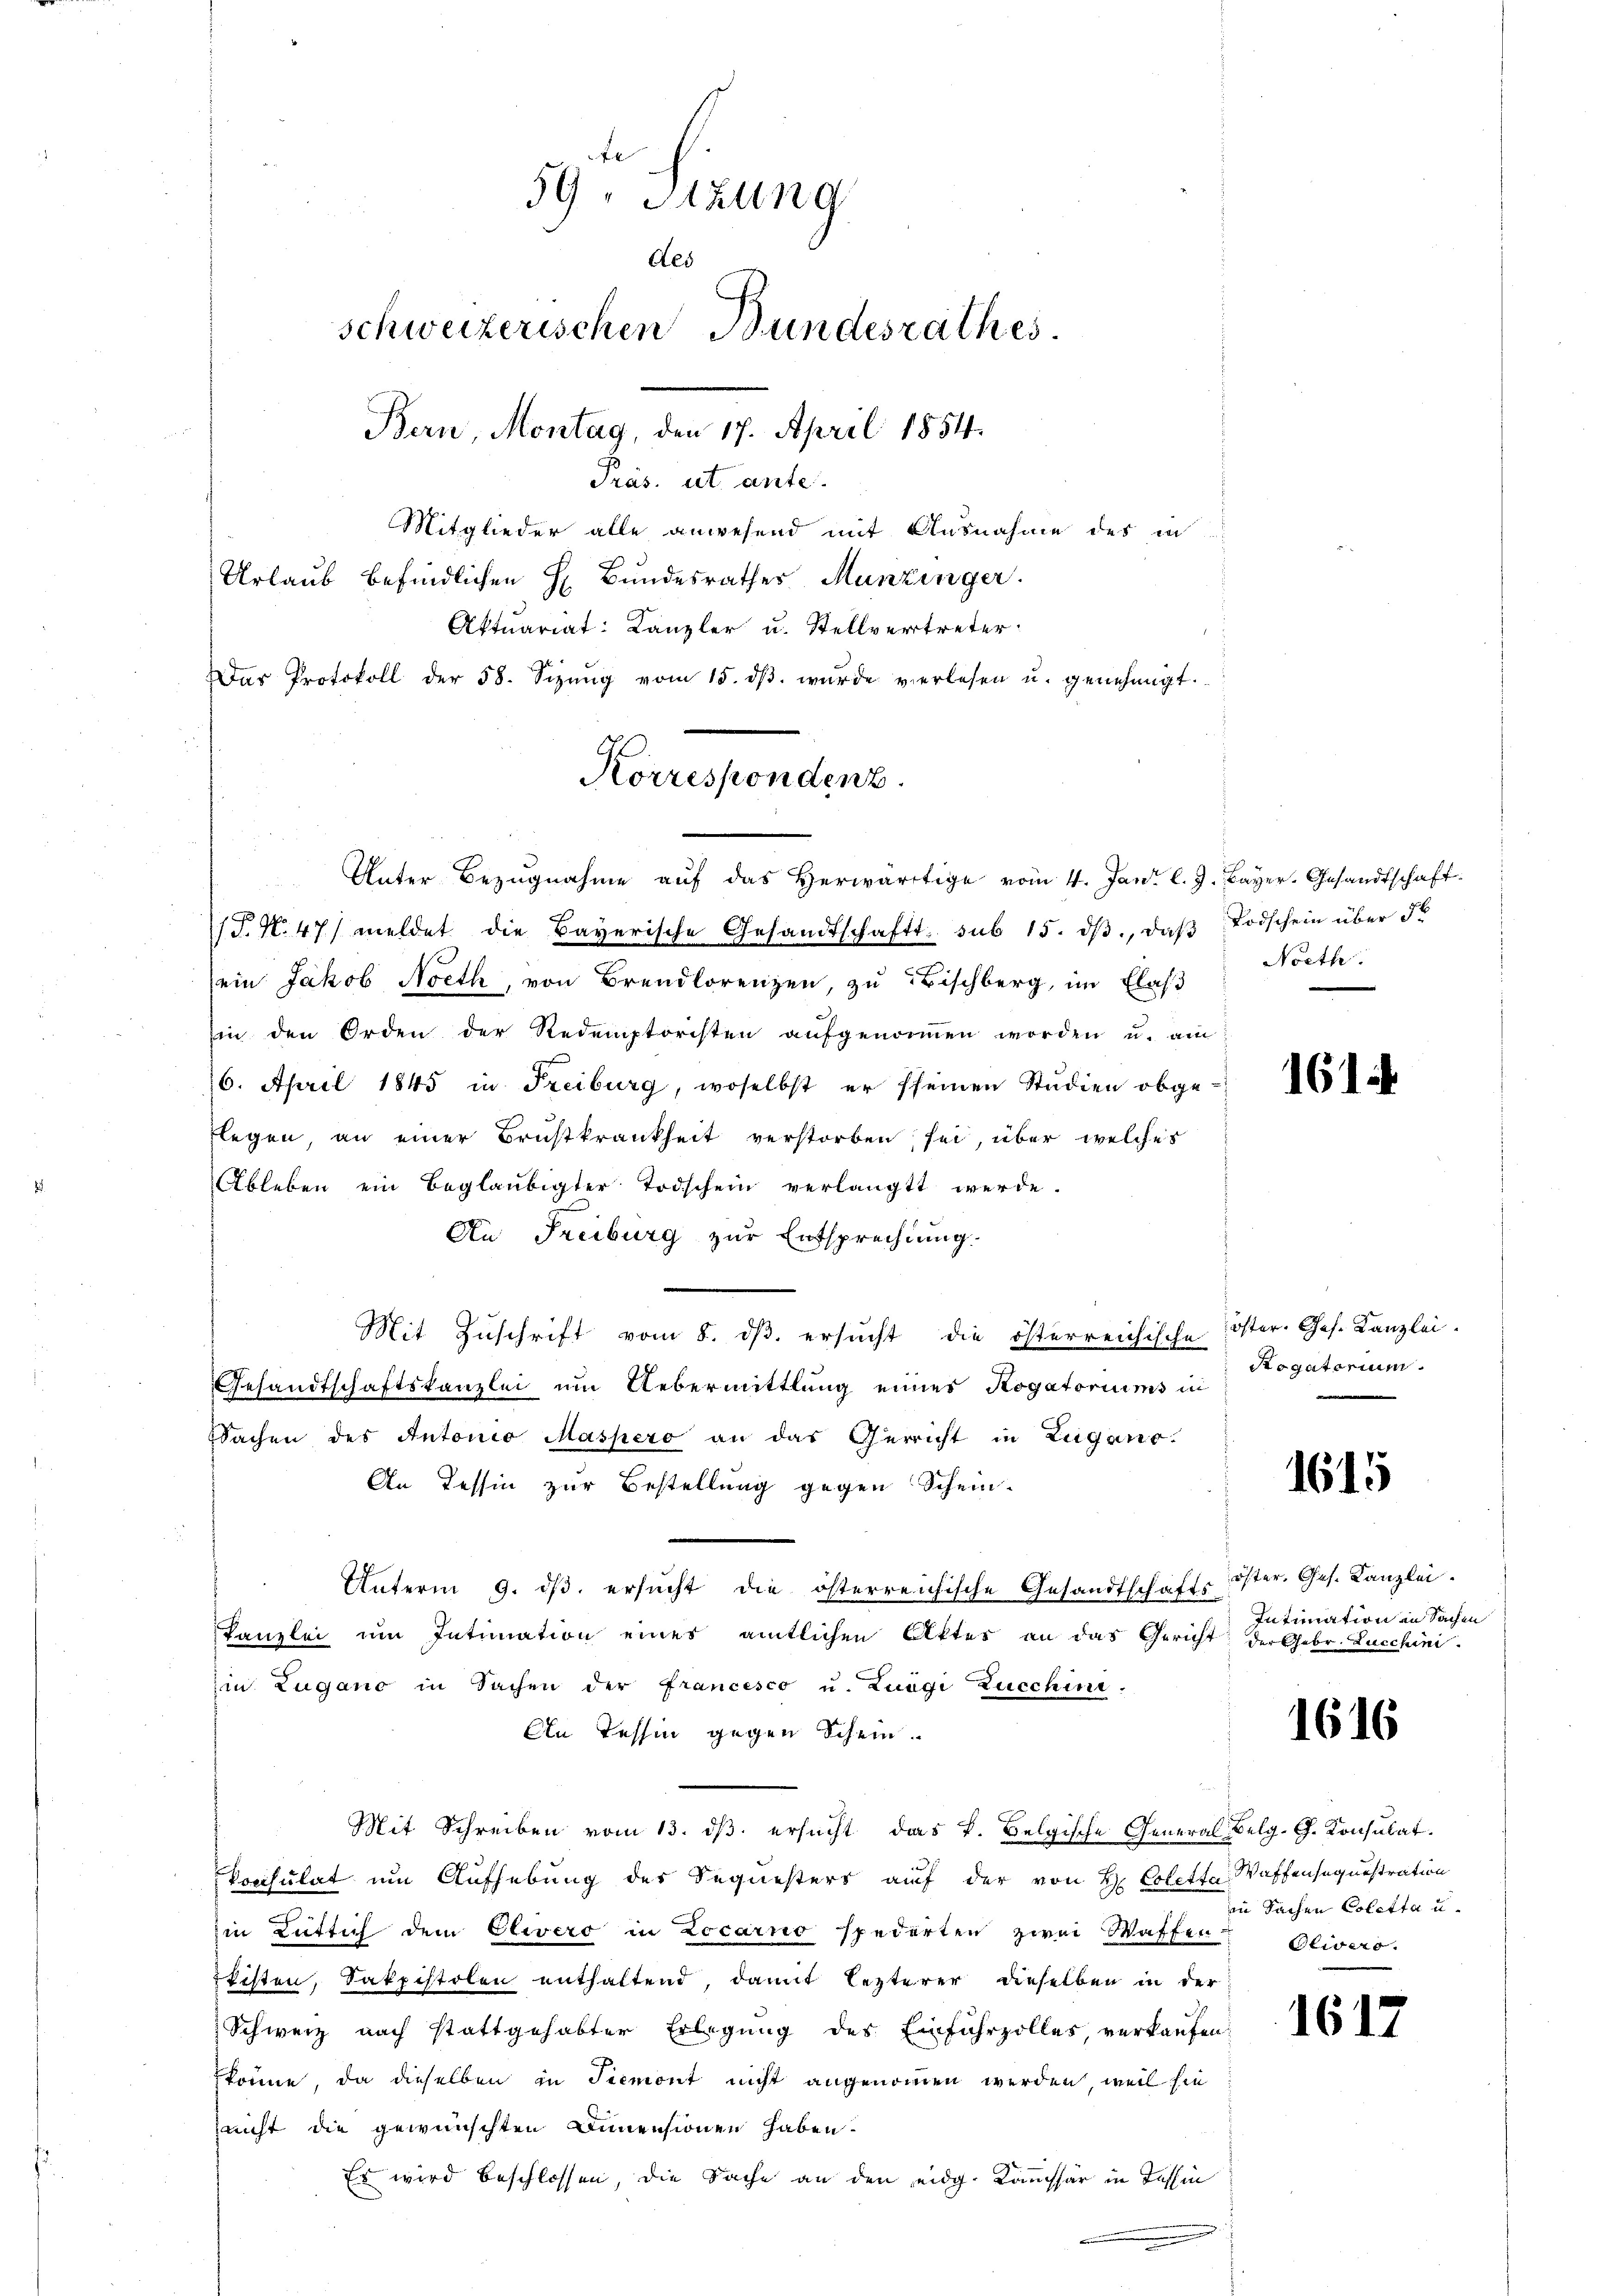
59. Sizung
des
schweizerischen Bundesrathes.
Bern, Montag, den 17. April 1854.
Präs. ut ante.
Mitglieder alle anwesend mit Ausnahme des in

Urlaub befindlichen H. Bundesrathes Munzinger.
Aktuariat Kanzler u. Stellvertreter
Das Protokoll der 58. Sizŭng vom 15. dβ wŭrde verlesen u. genehmigt.

Korrespondenz.
Unter Bezugnahme auf das herwärtige vom 4. Jani l. J. Bayer, Gesandtschaft

/T. N. 47) meldet die Bayerische Gesandtschaft sub 15. dβ, daβ Todschein über 56
ein Jakob Noeth, von Brandlorenzen, zu Bischberg, im Elas
in den Orden der Redemptoristen aŭfgenomen worden u. am
16. April 1845 in Freiburg, woselbst er seinen Studien obge-
flegen, an einer Brustkrankheit verstorben sei, über welches
Ableben ein Beglaubigter Todschein verlangt werde.
An Freiburg zur Entsprechtung.
Mit Zŭschrift vom 8. dβ. ersŭcht die österreichische Oster-Ges. Kanzlei-
Gesandtschaftskanzlei um Uebermittlung eines Rogatoriums in
SSachen des Antonio Maspero an das Gericht in Zugano.
An Tessin zur Bestellung gegen Schein-
Unterm 9. dβ. ersŭcht die österreichische Gesandtschafts öster. Ges. Kanzlei-
Kanzlei im Intimation eines amtlichen Aktes an das Gericht der Gebr. Lucchini
in Zugano in Sachen der Francesco u. Luigi Zucchini.
An Tessin gegen Schein.
Mit Schreiben vom 13. dβ ersucht das k. Belgische General Belg. G. Konsulat
Consulat um Aufhebung des Sequesters auf der von H. Colette Waffensequestration
in Lütlich dem Elivero in Locarno spederten zwei Waffen Olivero
Pfisten, Sakpistolen enthaltend, damit letzterer dieselben in der
Schweiz nach stattgehabter Erlegung des Einfuhrzolles, verkaufen.
könne, da dieselben in Piemont nicht angenommen werden, weil sie
nicht die gewünschten Dimensionen haben.
Es wird beschlossen, die Sache an den eidg. Kommissär in Tessin

Nocth.

1614

Rogatorium.

1615

Intimation in Sachen

1616

in Sachen Coletta u.

1617